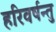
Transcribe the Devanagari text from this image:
हरिवर्षन्तु